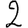
Digit: 2